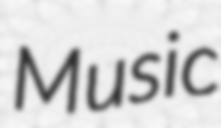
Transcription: Music